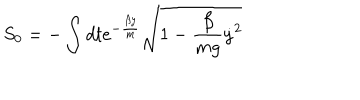
S _ { 0 } = - \int d t e ^ { - \frac { \beta y } { m } } \sqrt { 1 - \frac { \beta } { m g } { \dot { y } } ^ { 2 } }